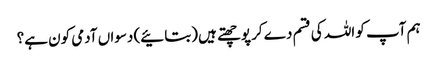
ہم آپ کو اللہ کی قسم دے کر پوچھتے ہیں (بتائیے) دسواں آدمی کون ہے؟